Vabadussoja_Ajaloo_Komitee, lk 108
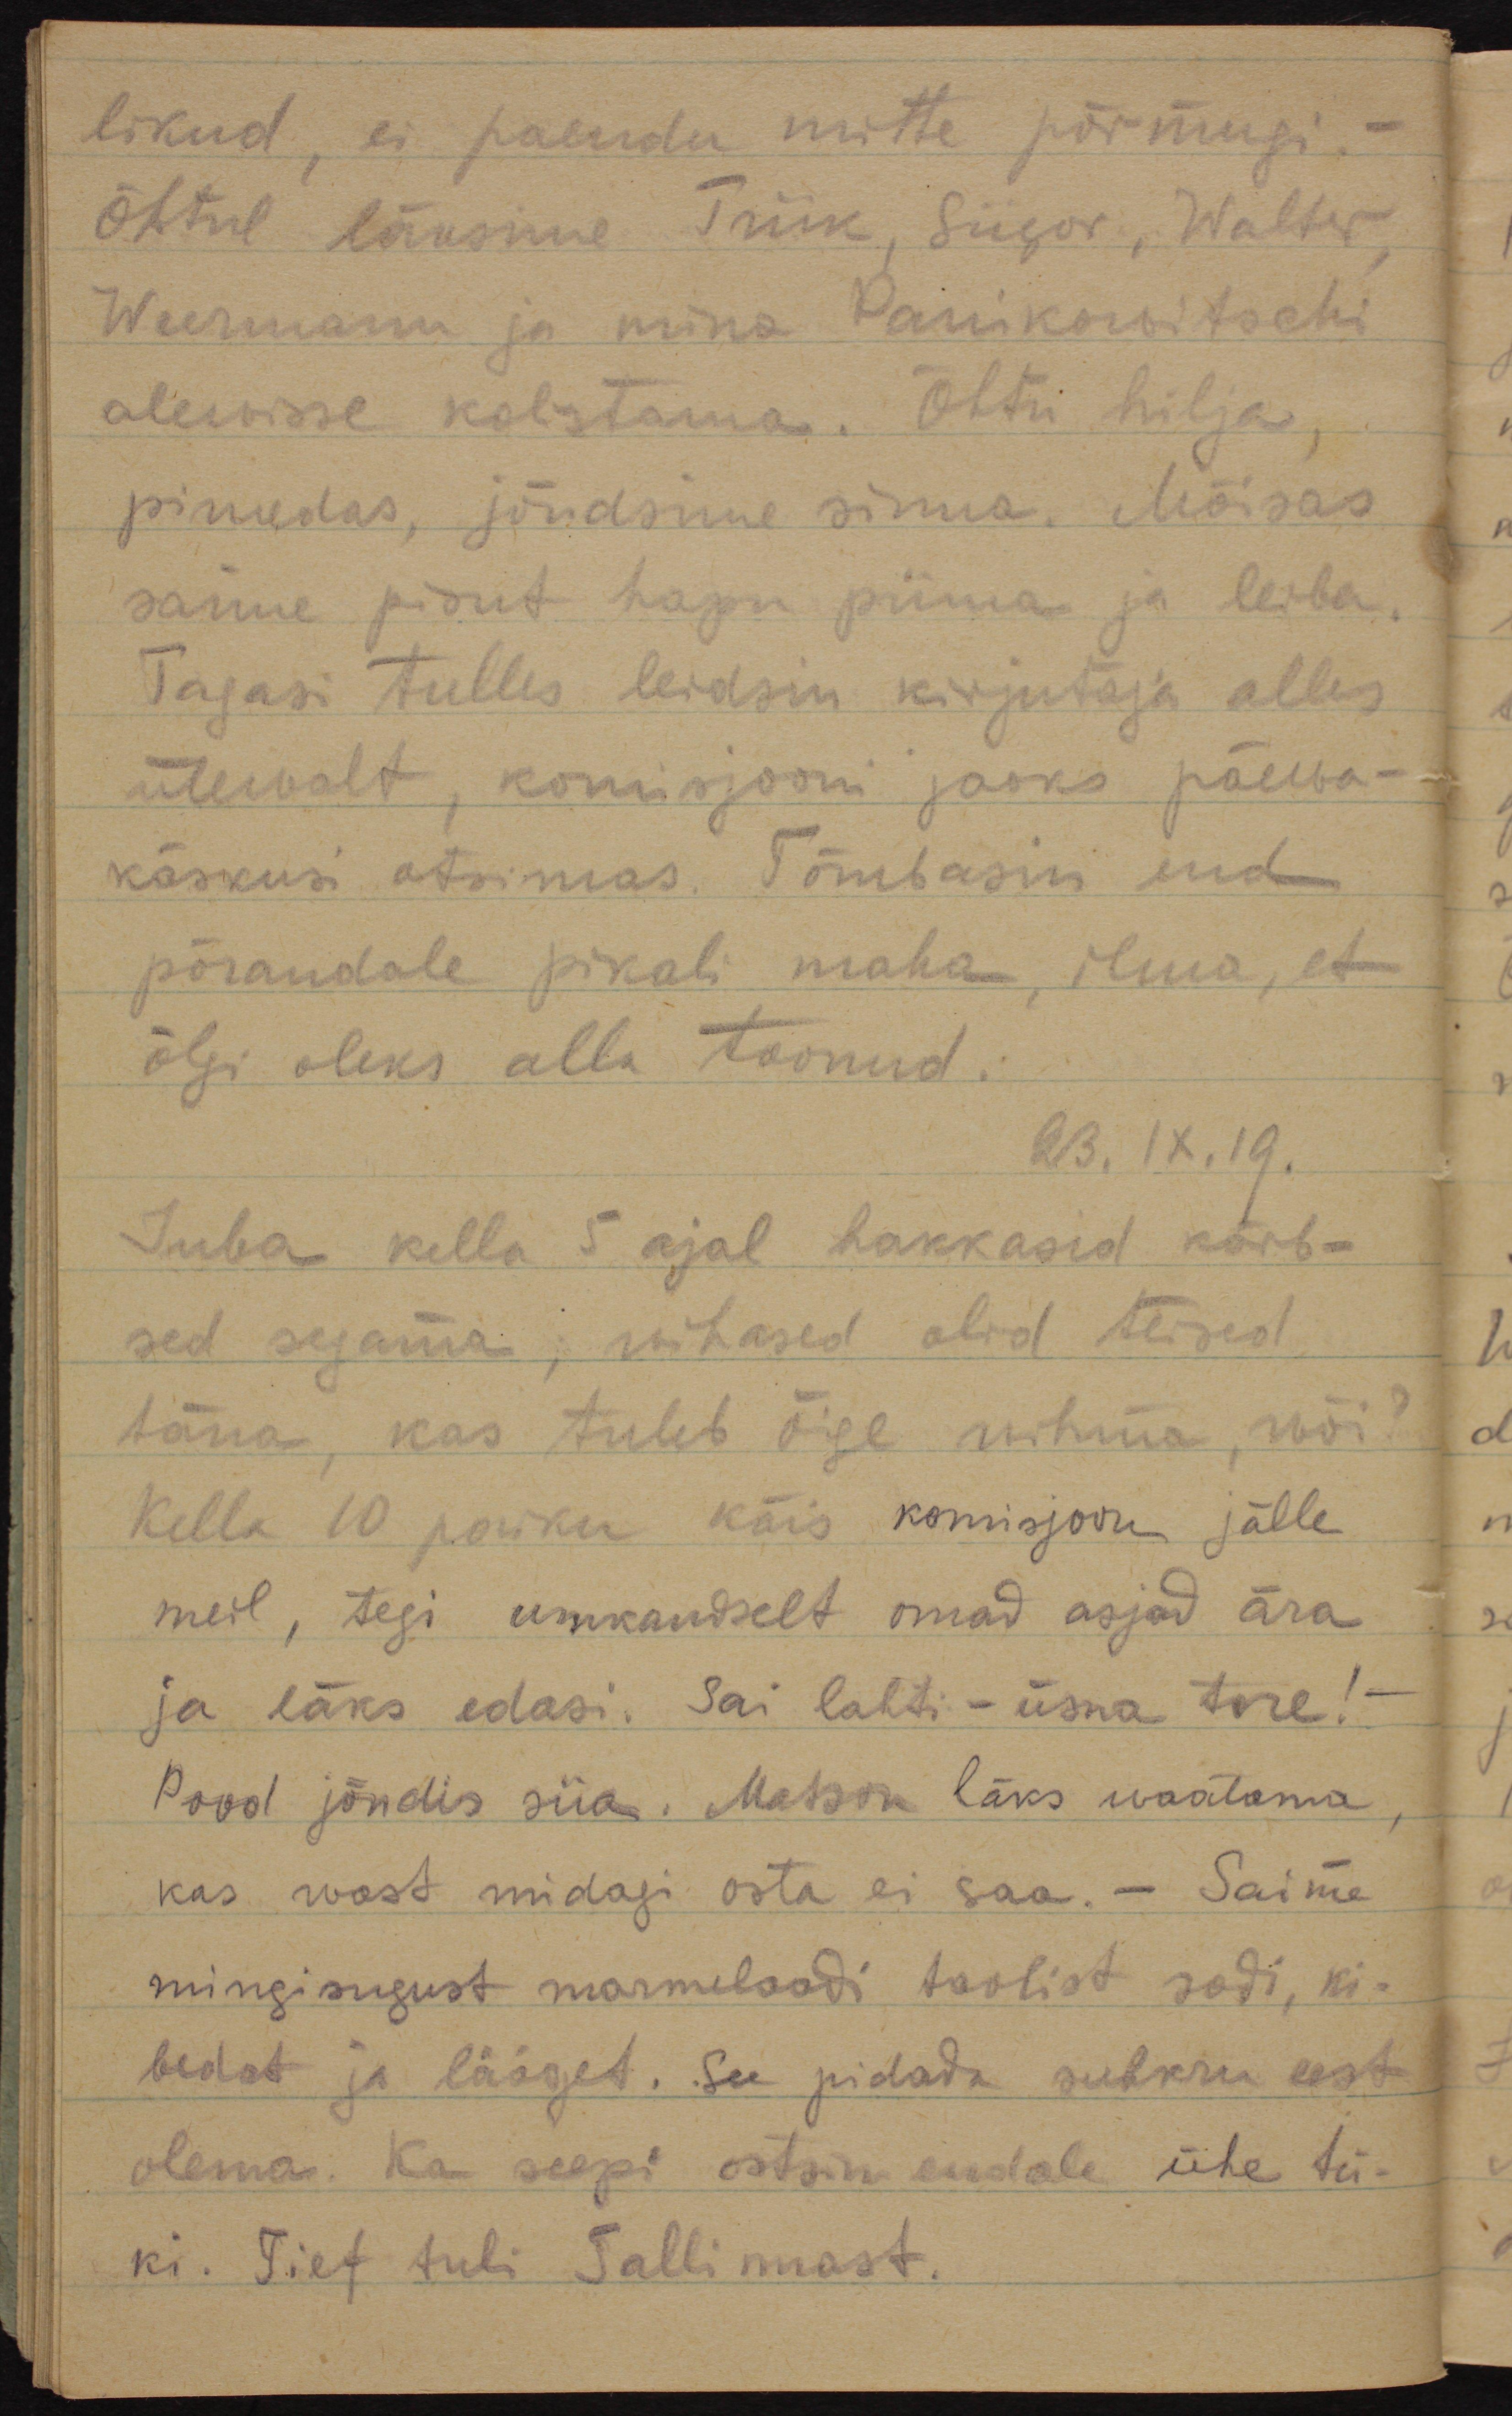
likud, ei paendu mitte põrmugi - 
Õhtul läksime Triik, Siigor, Walter,
Weermann ja mina Panikowitschi
alewisse kolistama. Õhtu hilja,
pimedas, jõudsime sinna. Mõisas
saime pisut hapu piima ja leiba.
Tagasi tulles leidsin kirjutaja alles 
ülevalt, komisjooni jaoks päewa-
käskusi otsimas. Tõmbasin end
põrandale pikali maha, ilma, et
õlgi oleks alla toonud.
23.IX.19
Juba kella 5 ajal hakkasid kärb-
sed segama; wihased olid teised
täna, kas tuleb õige wihma, wõi?
Kella 10 paiku käis komisjoon jälle
meil, tegi umkaudselt omad asjad ära
ja läks edasi. Sai lahti - üsna tore!
Pood jõudis siia. Matson läks waatama
kas wast midagi osta ei saa. Saime 
mingisugust marmelaadi taolist sodi, ki-
bedat ja lääget. See pidada suhkru eest
olema. Ka seepi ostsin endale ühe tü-
ki. Tief tuli Tallinnast.